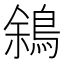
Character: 䳜